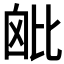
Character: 𣬈